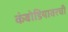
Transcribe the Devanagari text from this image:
कंबोडियावरची